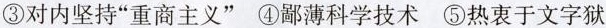
③对内坚持”重商主义”④鄙薄科学技术⑤热衷于文字狱